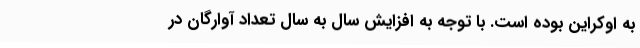
به اوکراین بوده است. با توجه به افزایش سال به سال تعداد آوارگان در